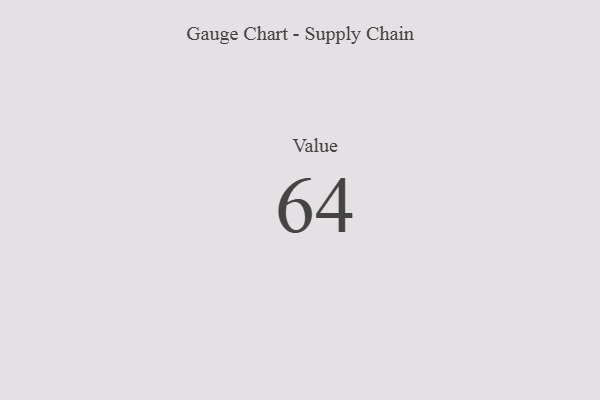
{"axis": {"x": "Metric", "y": "Value"}, "legend": [""], "data": [{"x": "Value", "y": 64, "type": ""}]}